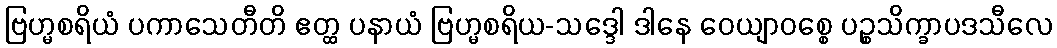
ဗြဟ္မစရိယံ ပကာသေတီတိ ဧတ္ထ ပနာယံ ဗြဟ္မစရိယ-သဒ္ဒေါ ဒါနေ ဝေယျာဝစ္စေ ပဉ္စသိက္ခာပဒသီလေ